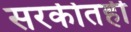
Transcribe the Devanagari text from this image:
सरकीतही